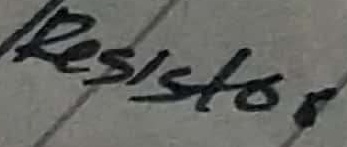
Text: Resistor